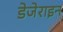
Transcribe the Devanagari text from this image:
डेजेराइन